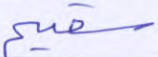
سقيم